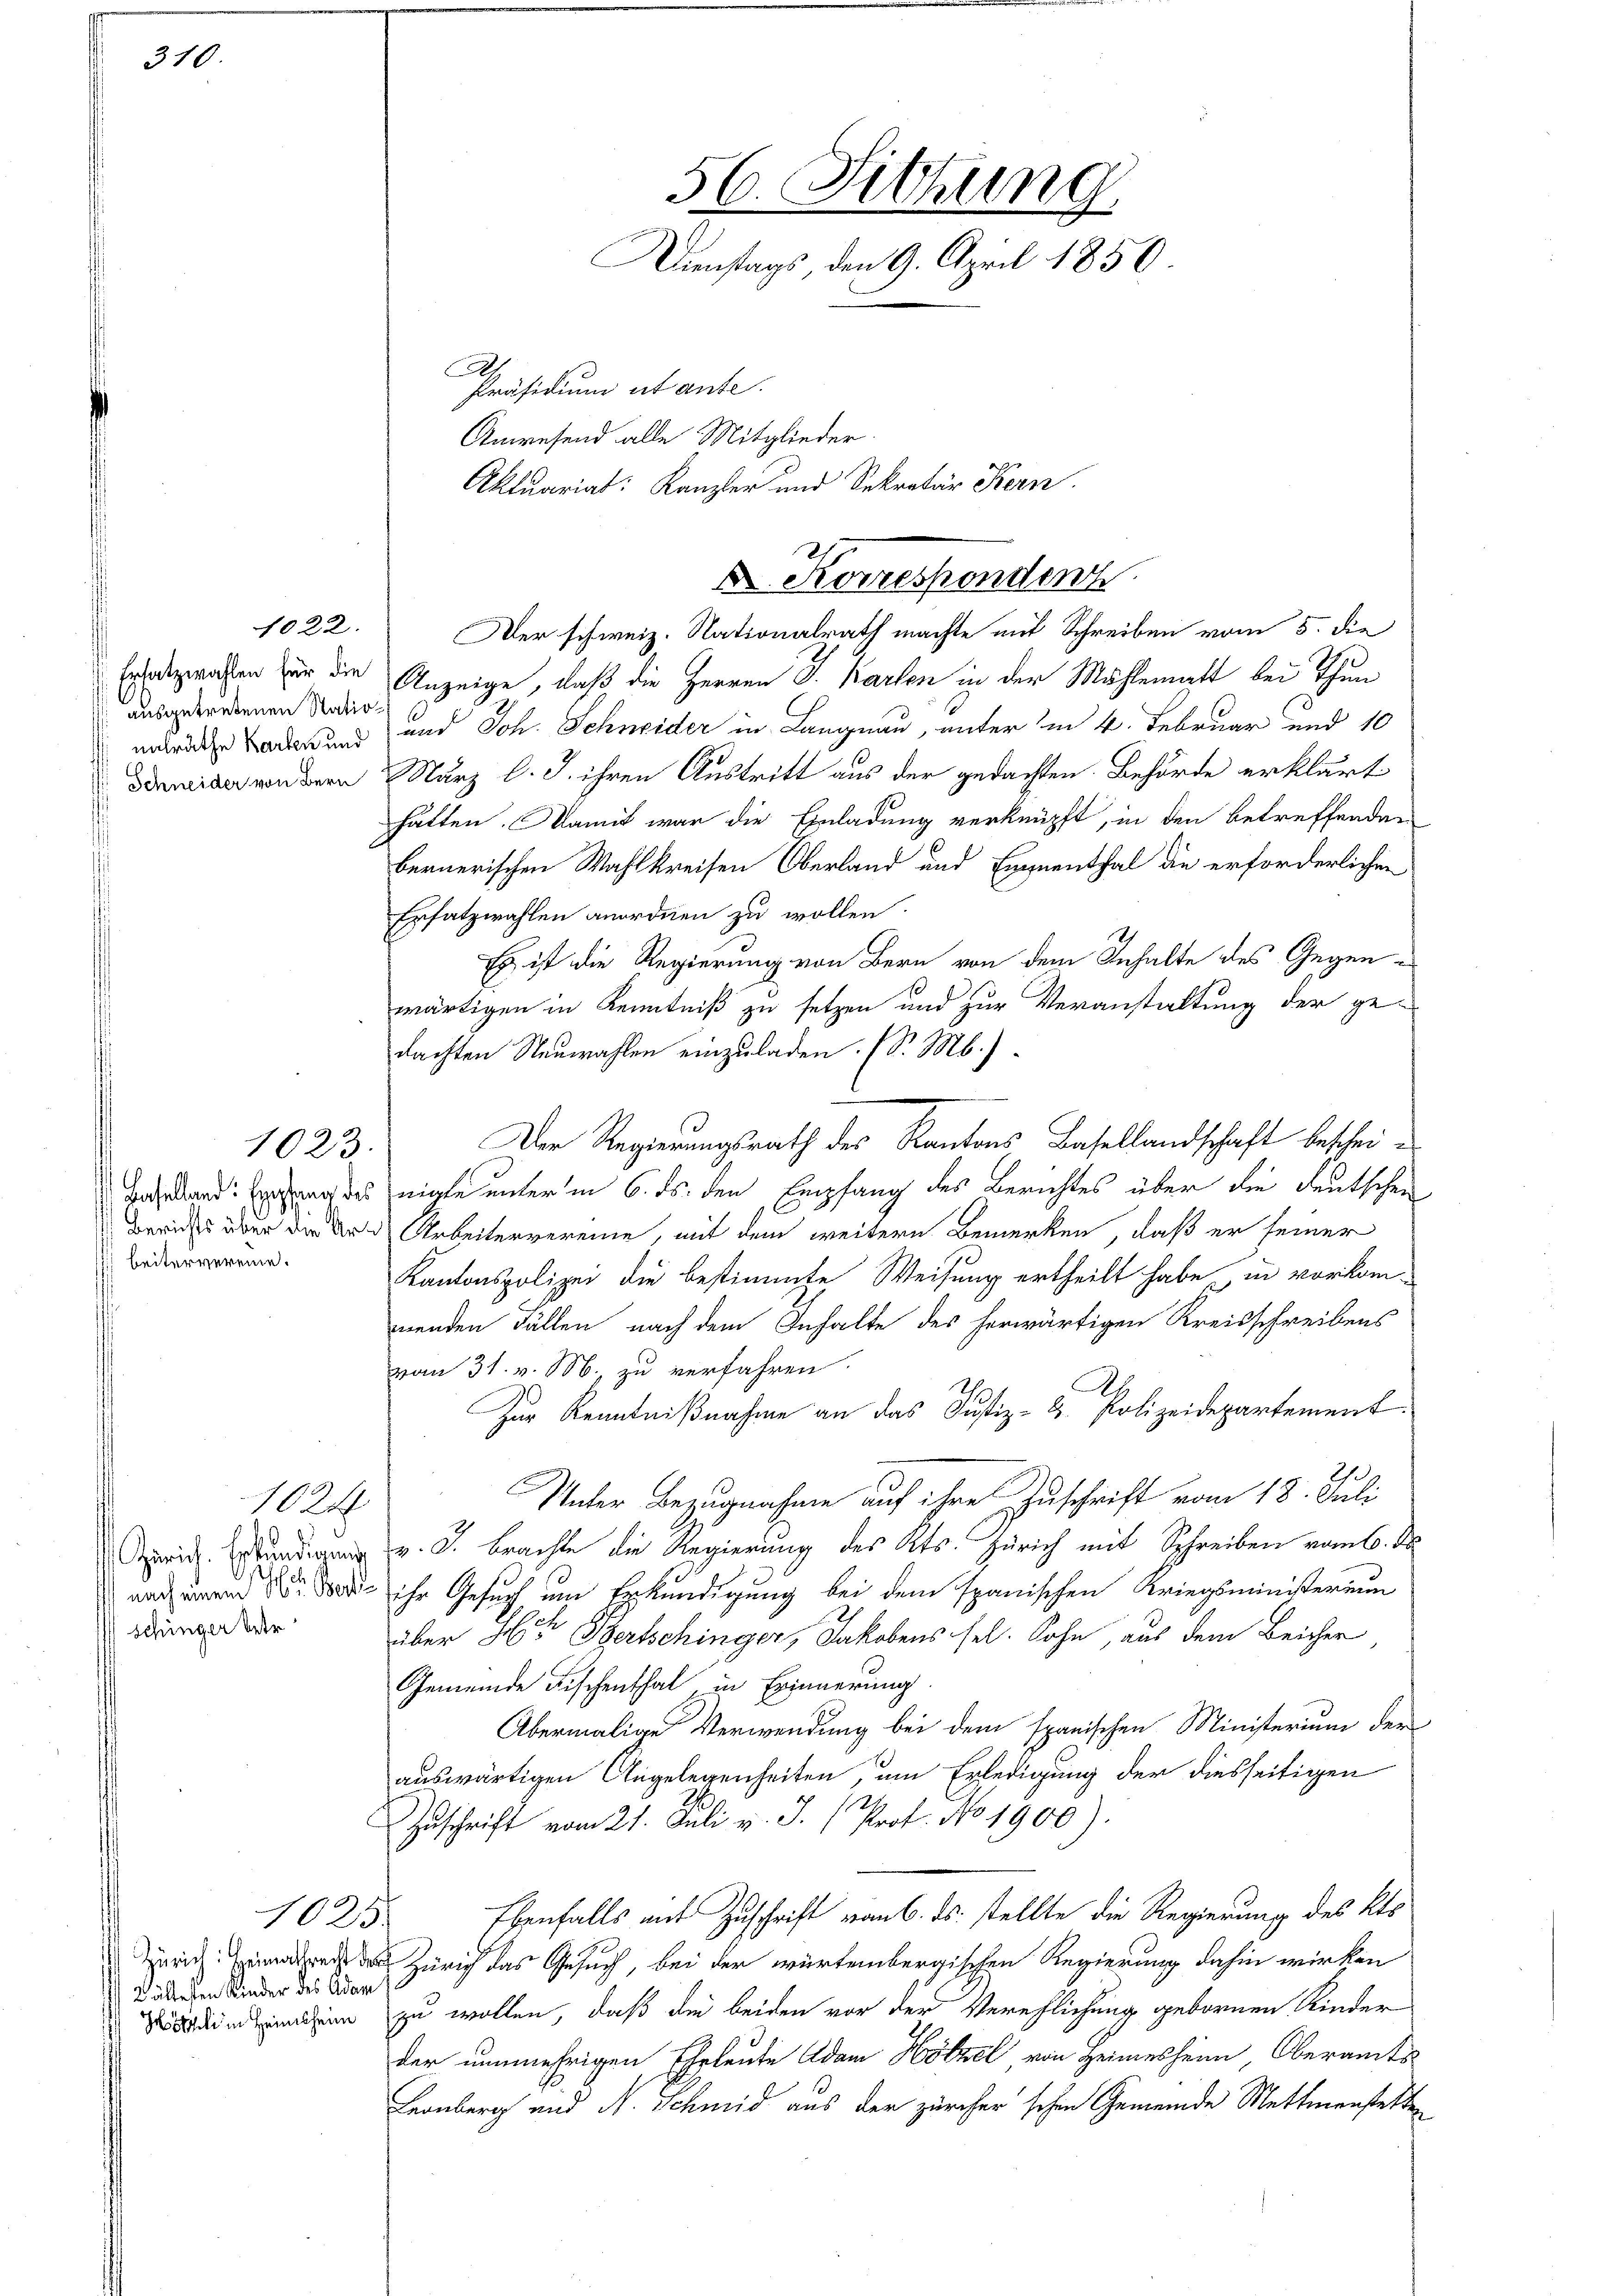
310.

ausgetretenen Statio¬
 Schneider von Bern

1022.

1023.
beitervereine.

1624
schinger betr

1025.
Kältesten Kinder des Adam

56. Sitzung
Dienstags, den 9. April 1850.
A.
Präsidium ut ante.
Anwesend alle Mitglieder.
Aktuariat: Kanzler und Sekretär Kern

Der schweiz. Nationalrath machte mit Schreiben vom 5. die
Ersatzwahlen für die Anzeige, daß die Herren G. Karten in der Mühlematt bei Thun
untröder Boden und und Joh. Schneider in Langnau, unter in 4. Februar und 10
März l. J. ihren Austritt aus der gedachten. Behörde erklärt
hätten. Damit war die Einladung verknüpft, in den betreffenden
bernerischen Wahlkreisen Oberland und Eigenthal die erforderlichen
Ersatzwahlen anordnen zu wollen.
Es ist die Regierung von Bern von dem Inhalte des Gegenwärtigen in Kenntniß zu setzen und zur Veranstaltung der ge-
dachten Neuwahlen einzuladen. (S. M.)
Der Regierungsrath des Kantons Basellandschaft beschei¬
Barkard: Enfang des nichte unter in 6. ds. den Empfang des Berichtes über die deutschen
Berichts über der Art Arbeitervereine, mit dem weitere Bemerken, daß er seiner
Kantonspolizei die bestimmte Weisung ertheilt habe in vorkom-
menden Fällen nach dem Inhalte des herwärtigen Kreisschreibens
vom 31. v. M. zu verfahren.
I
Zur Kenntnißnahme an das Justiz- & Polizeidepartement
Unter Bezugnahme auf ihre Zuschrift vom 18. Juli
.. brachte die Regierung des Kts. Zürich mit Schreiben vom 6. ds.
nach und der ihr Gesuch um Erkundigung bei dem spanischen Kriegsministerium
über 4ten Szertschinger, Jakobens sel. Sohn, aus dem Beicher
Gemeinde Fischenthal, in Erinnerung
Abermalige Verwendung bei dem spanischen Ministerium der
auswärtigen Angelegenheiten, um Erledigung der diesseitigen
Zuschrift vom 21. Juli v. J. (Prof. No 1900).
Ebenfalls mit Zuschrift vom 6. ds. stellte die Regierung des Kts
Zürich Zürich das Gesuch, bei der würtembergischen Regierung dahin wirken
dinien zu wollen, daß die beiden vor der Verehlichung gebornen Kinder
der nunmehrigen Ehrleute Adam Hötzel von Heimesheim, Oberamts
Leonberg und N. Schmid aus der zürcher schen Gemeinde Mettmenstette

Korresponden